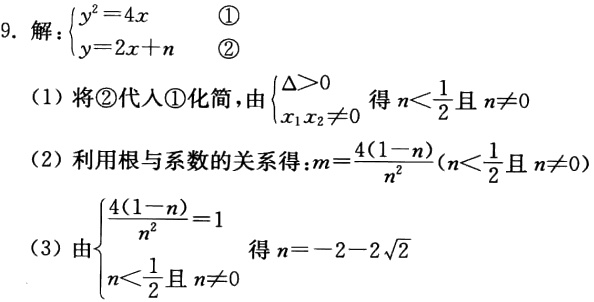
9. 解：\(\begin{cases}y^{2}=4x & \textcircled{1}\\y = 2x + n& \textcircled{2}\end{cases}\)
（1）将\textcircled{2}代入\textcircled{1}化简，由\(\begin{cases}\Delta>0\\x_{1}x_{2}\neq0\end{cases}\)得\(n<\frac{1}{2}\)且\(n\neq0\)
（2）利用根与系数的关系得：\(m = \frac{4(1 - n)}{n^{2}}(n<\frac{1}{2}\)且\(n\neq0)\)
（3）由\(\begin{cases}\frac{4(1 - n)}{n^{2}} = 1\\n<\frac{1}{2}\)且\(n\neq0\end{cases}\)得\(n=-2 - 2\sqrt{2}\)